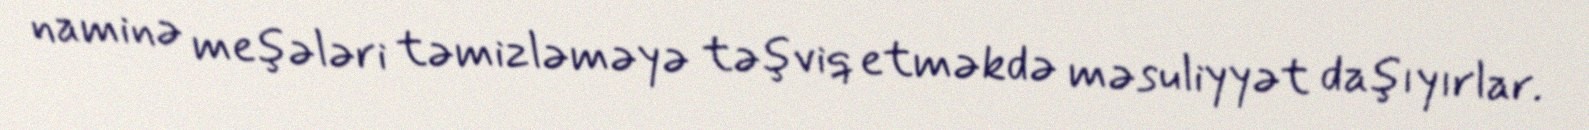
naminə meşələri təmizləməyə təşviq etməkdə məsuliyyət daşıyırlar.